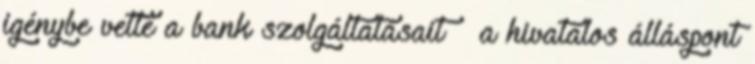
igénybe vette a bank szolgáltatásait – a hivatalos álláspont